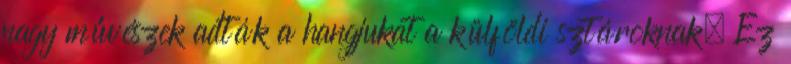
nagy művészek adták a hangjukat a külföldi sztároknak. Ez